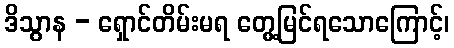
ဒိသွာန - ရှောင်တိမ်းမရ တွေ့မြင်ရသောကြောင့်၊